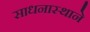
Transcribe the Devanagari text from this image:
साधनास्थाने